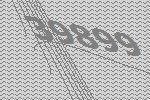
39899